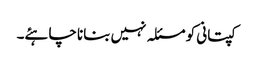
کپتانی کو مسئلہ نہیں بنانا چاہئے۔